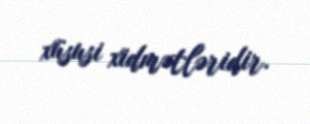
xüsusi xidmətləridir.